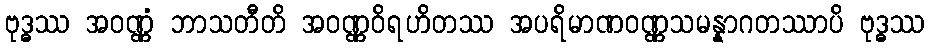
ဗုဒ္ဓဿ အဝဏ္ဏံ ဘာသတီတိ အဝဏ္ဏဝိရဟိတဿ အပရိမာဏဝဏ္ဏသမန္နာဂတဿာပိ ဗုဒ္ဓဿ